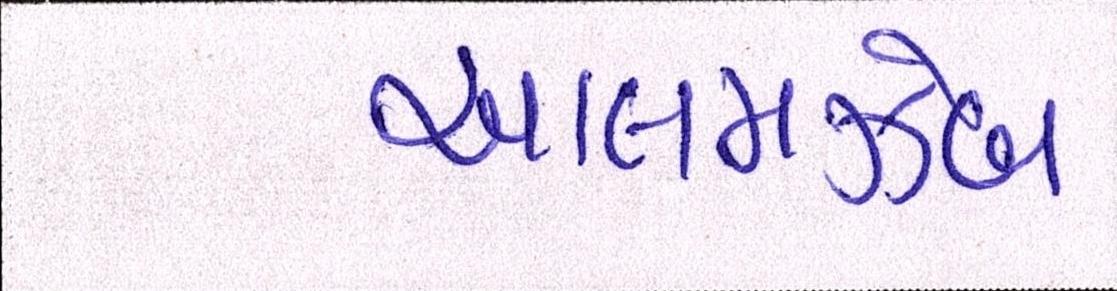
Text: આલમઝેબ